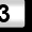
Digit: 3